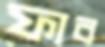
ফাব